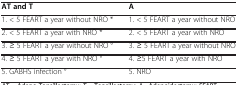
| AT and T | A |
 | --- | --- |
 | 1. < 5 FEART a year without NRO * | 1. < 5 FEART a year without NRO |
 | 2. < 5 FEART a year with NRO * | 2. < 5 FEART a year with NRO |
 | 3. ≥ 5 FEART a year without NRO ° | 3. ≥ 5 FEART a year without NRO |
 | 4. ≥ 5 FEART a year with NRO ° | 4. ≥5 FEART a year with NRO |
 | 5. GABHS infection ° | 5. NRO |